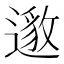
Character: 𮟅